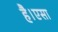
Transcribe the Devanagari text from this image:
है।एसा